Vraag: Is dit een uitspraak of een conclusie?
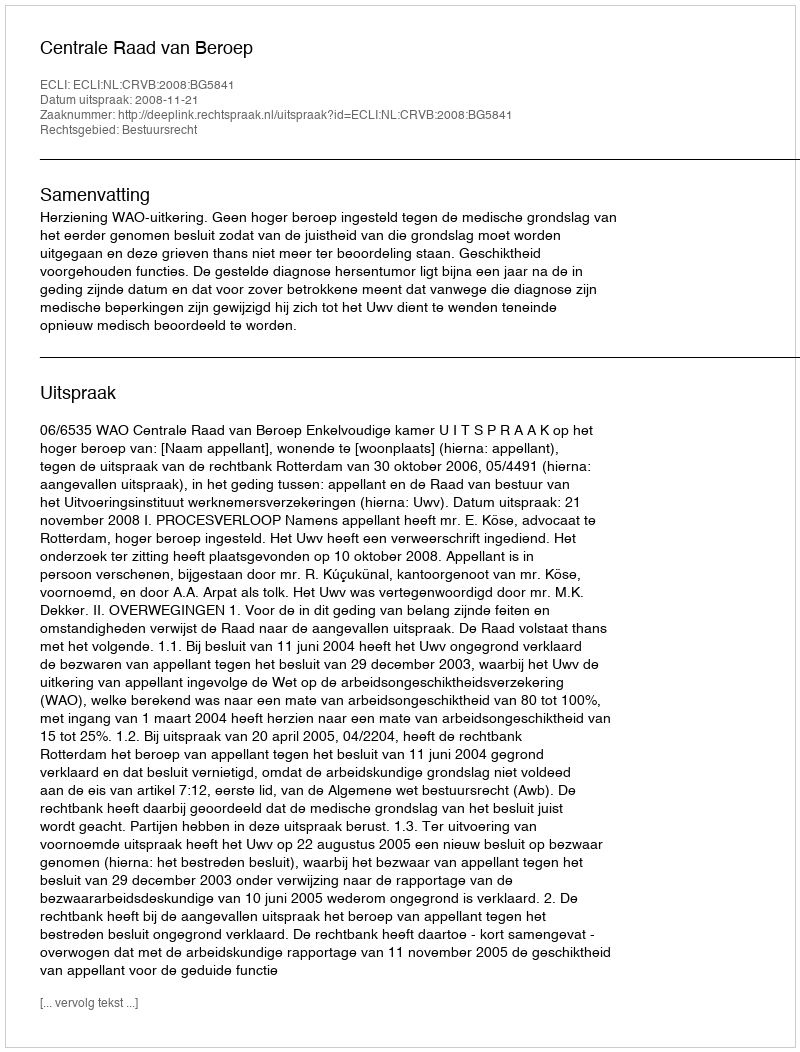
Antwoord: Uitspraak